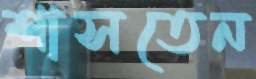
শাসতেন